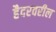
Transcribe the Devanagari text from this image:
हैदरवरील